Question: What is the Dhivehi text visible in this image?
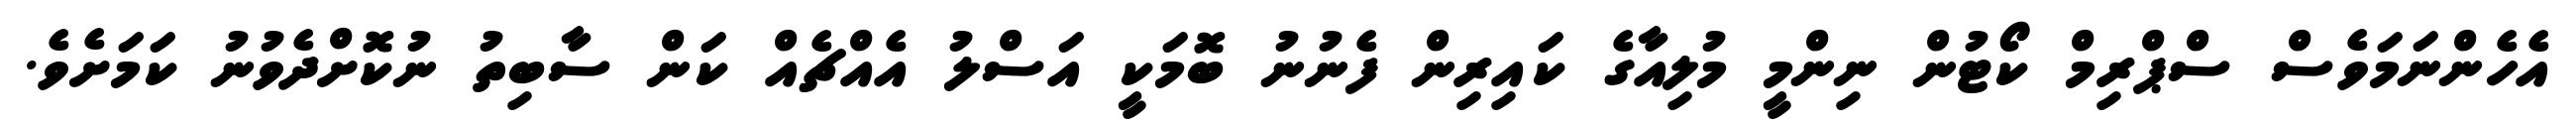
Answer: އެހެންނަމަވެސް ސްޕްރިމް ކޯޓުން ނިންމީ މުލިއާގެ ކައިރިން ފެނުނު ބޮމަކީ އަސްލު އެއްޗެއް ކަން ސާބިތު ނުކޮށްދެވުނު ކަމަށެވެ.